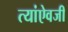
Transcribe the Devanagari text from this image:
त्यांऐवजी